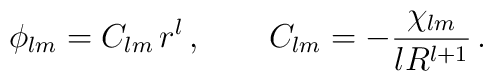
\phi_{lm} = C_{lm}\,r^{l}\,,\qquad C_{lm} = -\frac{\chi_{lm}}{lR^{l+1}}\,.